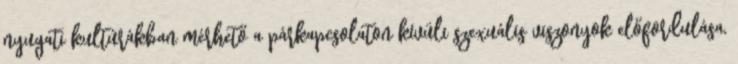
nyugati kultúrákban mérhető a párkapcsolaton kívüli szexuális viszonyok előfordulása,